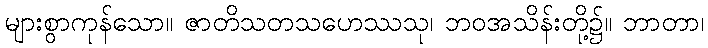
များစွာကုန်သော။ ဇာတိသတသဟေဿသု၊ ဘဝအသိန်းတို့၌။ ဘာတာ၊